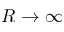
R \to \infty